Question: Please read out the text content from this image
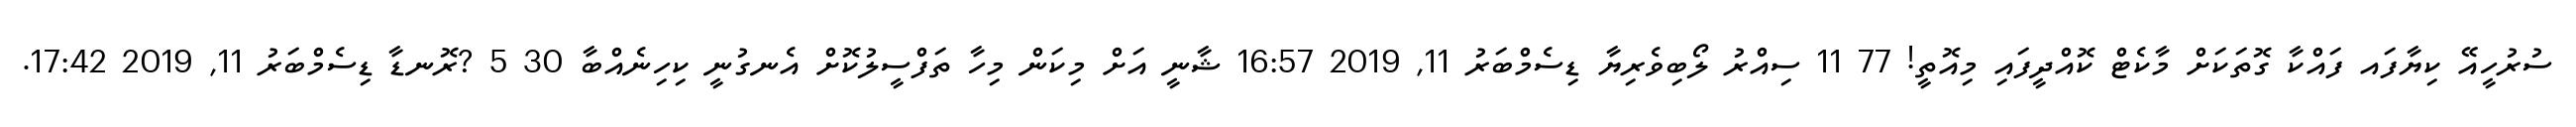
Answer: ސުރުހީއޭ ކިޔާފައ ފައްކާ ގޮތަކަށް މާކެޓް ކޮއްދީފައި މިއޮތީ! 77 11 ސިއްރު ލޯބިވެރިޔާ ޑިސެމްބަރު 11, 2019 16:57 ޝާނީ އަށް މިކަން މިހާ ތަފްސީލުކޮށް އެނގުނީ ކިހިނެއްބާ 30 5 ?ރޮނޑާ ޑިސެމްބަރު 11, 2019 17:42.